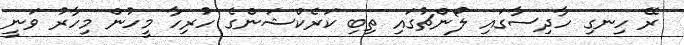
ރޭ ހިނގި ހާދިސާގައި ލޯންޗުގައި ތިބި ކަރެކްޝަންގެ ހުރިހާ މީހުން މިހާރު ވަނީ